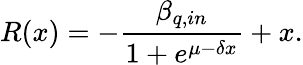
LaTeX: R(x)=-\frac{\beta_{q,in}}{1+e^{\mu-\delta x}}+x.